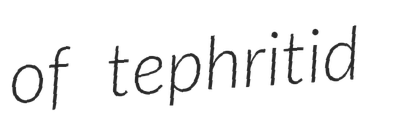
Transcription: of tephritid